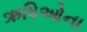
ઋષિઓના